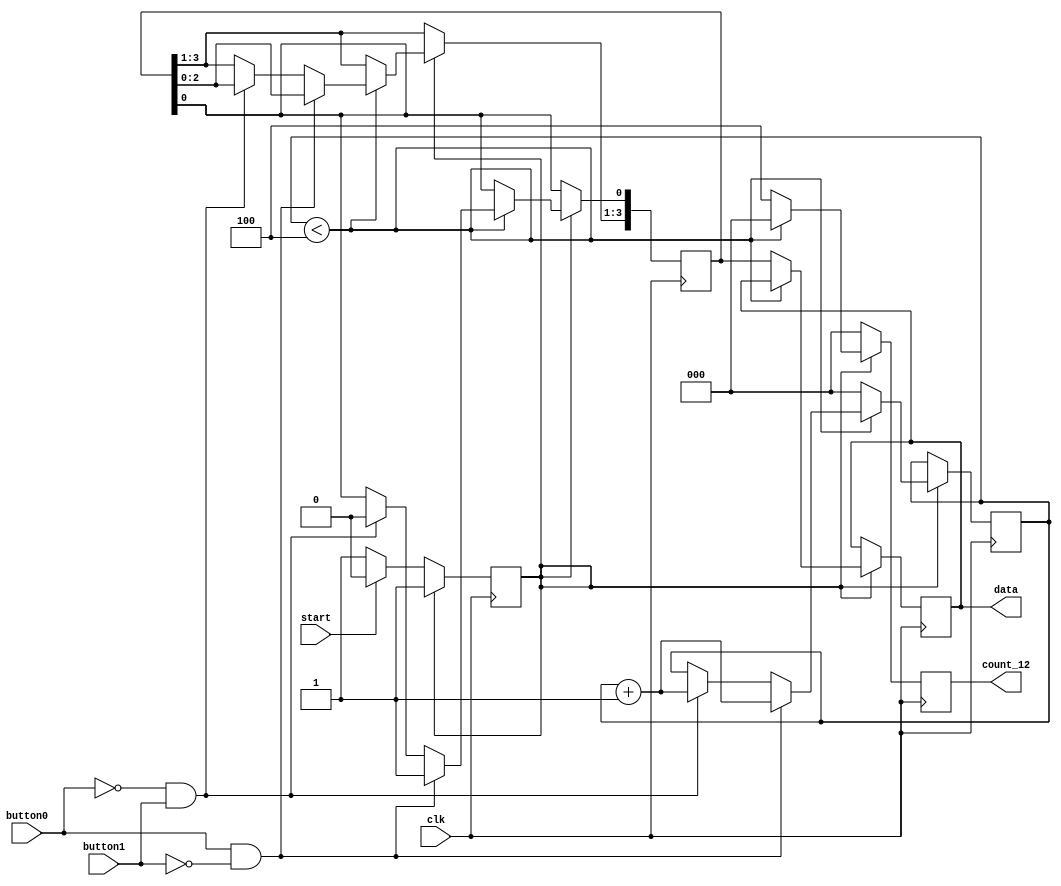
module serial_to_parallel(button0,button1,start,data,clk,count_12);


	input button0,button1,clk;
	input start;
	
	output reg [3:0]data;
	output reg [2:0] count_12;
	reg start_button;
	reg [3:0] data_temp;
	reg [2:0] count;
	
	initial begin 
		
		start_button<=0;
		count<=0;
		data_temp<=4'd0;
		data<=4'd0;
		
	end
	
	always@(negedge clk) begin 
		count_12<=0;
		case(start_button)
		
		1'd0:begin
		
			if (start==0) start_button<=1;
			else start_button<=0;
			
			end
		
		1'd1:if (count<4)begin 
			
				if(button0==1 && button1==0) begin
				
					data_temp<=data_temp<<1;
					data_temp[0]<=1;
					count<=count+1;
					
				end
				
				else if(button0==0 && button1==1) begin
				
					data_temp<=data_temp<<1;
					data_temp[0]<=0;
					count<=count+1;
					
				end
				
				else if (button0==0 && button1==0) begin
				
					count<=count;
					data_temp<=data_temp;
				
				end
				
				else if (button0==1 && button1==1) begin
				
					count<=count;
					data_temp<=data_temp;
				
				end
				
			end
			
			else begin 
			
				count<=0;
				data<=data_temp;
				count_12<=4;
				
			end
		
		endcase
	end
	
endmodule